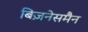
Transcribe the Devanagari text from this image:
बिज़नेसमैन